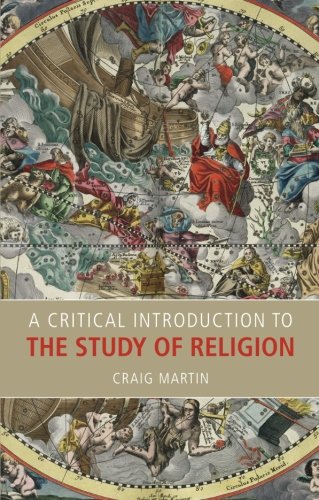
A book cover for A Critical Introduction to the Study of Religion; Craig Martin; Religion & Spirituality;